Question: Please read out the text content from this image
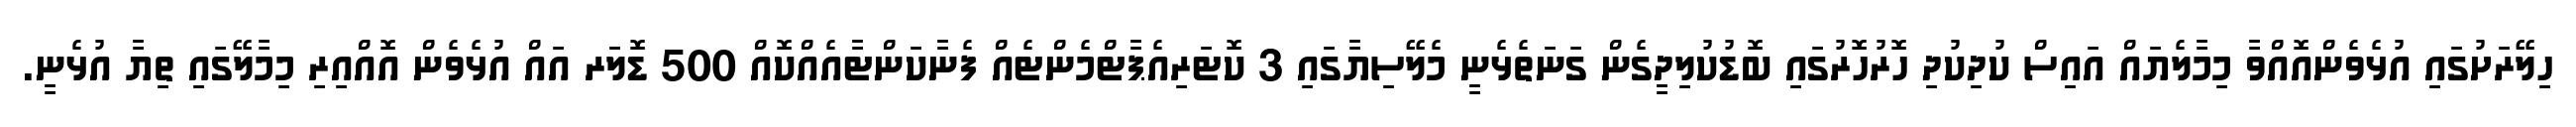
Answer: ހިލޭރަށުގައި އުޅެވެންއޮއްވާ މިމާލެޔައް އައިސް ކުދިކުދި ހޮރުހޮރުގައި ބޮޑުކުލިދީގެން ގަނަތެޅެނީ މެލޭސިޔާގައި 3 ކޮޓަރިއެޕާޓްމެންޓެއް ފެނާކަންޓާއެއްކޮއް 500 ޑޮލަރ އައް އުޅެވެން އޮއްއިރި މިމާލޭގައި ތިޔާ އުޅެނީ.